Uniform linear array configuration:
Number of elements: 24
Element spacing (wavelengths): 0.5
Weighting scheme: hamming
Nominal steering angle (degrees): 45
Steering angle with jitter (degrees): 44.498
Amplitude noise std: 0.05
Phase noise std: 0.05

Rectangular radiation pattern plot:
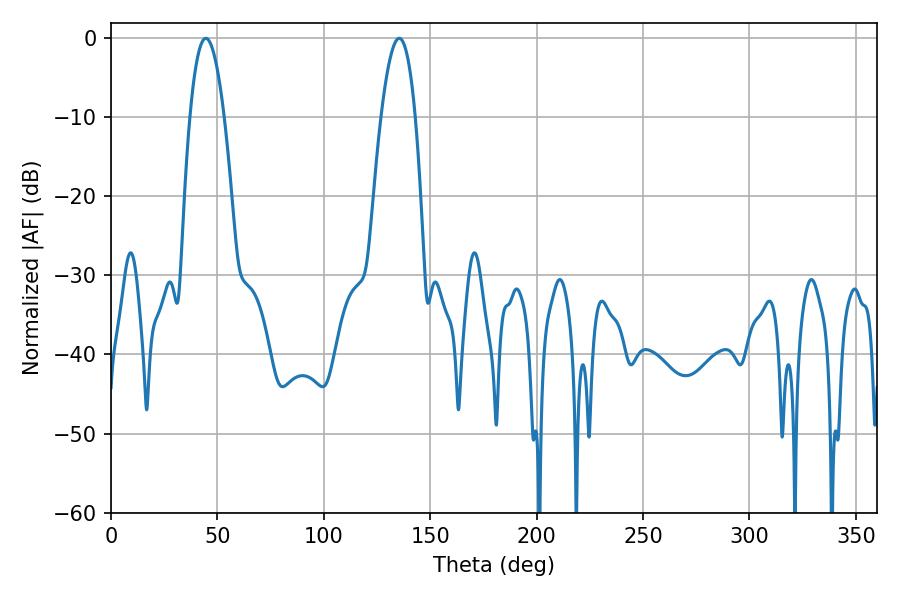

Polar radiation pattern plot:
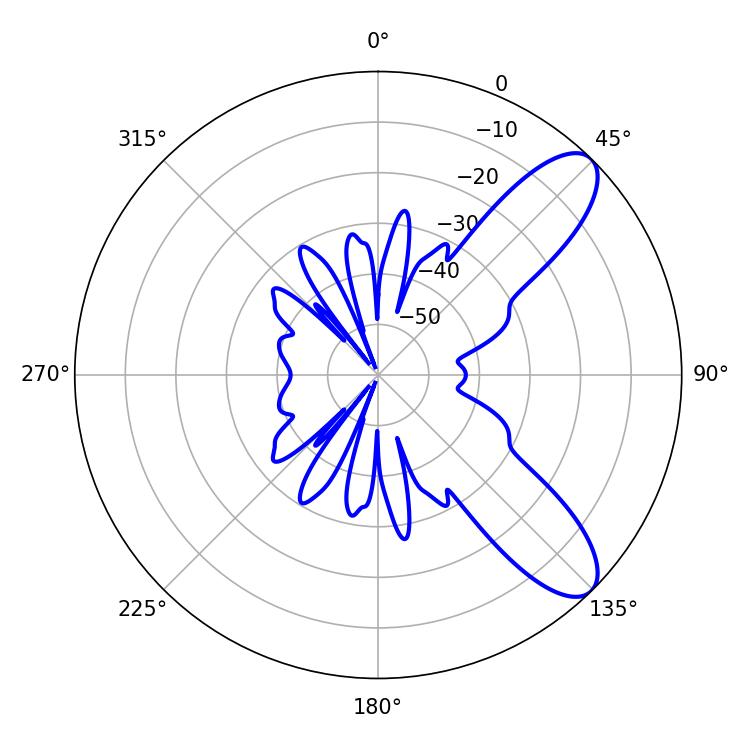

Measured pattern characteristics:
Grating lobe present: FALSE
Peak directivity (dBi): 9.311
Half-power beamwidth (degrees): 8.82
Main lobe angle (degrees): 44.64